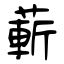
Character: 蔪